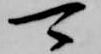
可